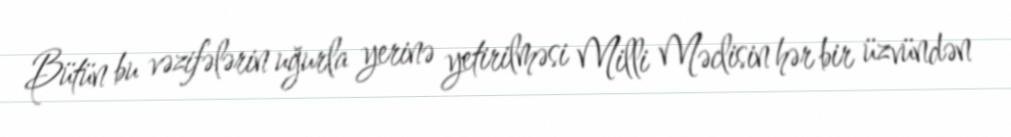
Bütün bu vəzifələrin uğurla yerinə yetirilməsi Milli Məclisin hər bir üzvündən